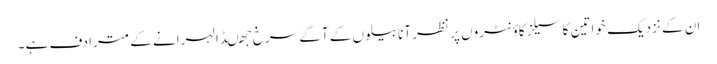
ان کے نزدیک خواتین کا سیلز کاؤنٹروں پر نظر آنا بیلوں کے آگے سرخ جھںڈا لہرانے کے مترادف ہے۔